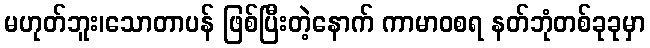
မဟုတ်ဘူး၊သောတာပန် ဖြစ်ပြီးတဲ့နောက် ကာမာဝစရ နတ်ဘုံတစ်ခုခုမှာ